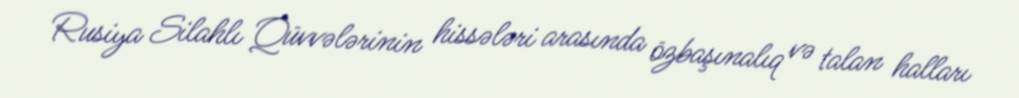
Rusiya Silahlı Qüvvələrinin hissələri arasında özbaşınalıq və talan halları